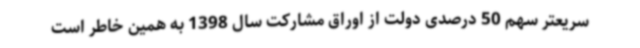
سریعتر سهم 50 درصدی دولت از اوراق مشارکت سال 1398 به همین خاطر است